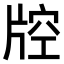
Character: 𤗇